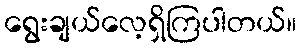
ရွေးချယ်လေ့ရှိကြပါတယ်။